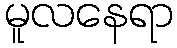
မူလနေရာ